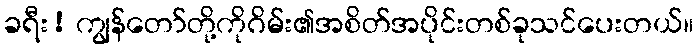
ခရီး! ကျွန်တော်တို့ကိုဂိမ်း၏အစိတ်အပိုင်းတစ်ခုသင်ပေးတယ်။